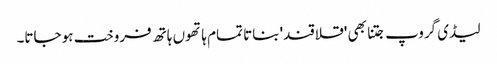
لیڈی گروپ جتنا بھی 'قلاقند' بناتا تمام ہاتھوں ہاتھ فروخت ہو جاتا۔